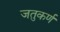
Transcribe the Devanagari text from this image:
जतुकर्ण